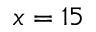
x = 1 5